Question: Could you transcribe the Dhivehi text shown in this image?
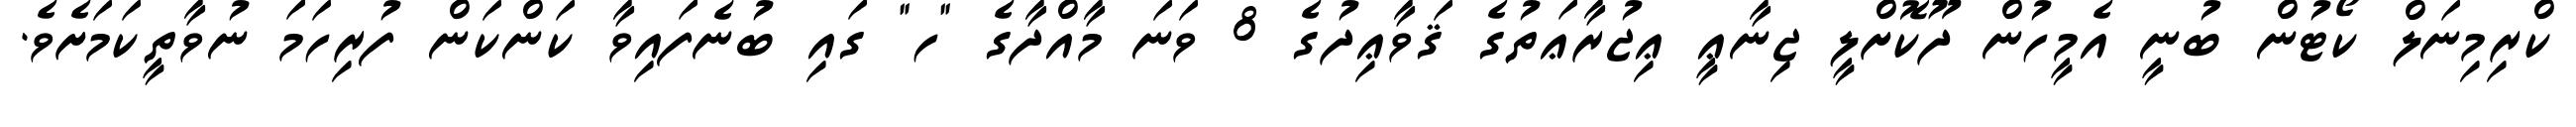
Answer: ކްރިމިނަލް ކޯޓުން ބުނީ އެމީހުން ދޫކޮށްލީ ޖިނާޢީ ޢިޖުރާޢަތުގެ ޤަވާޢިދުގެ 8 ވަނަ މާއްދާގެ "ހ" ގައި ބުނެފައިވާ ކަންކަން ފުރިހަމަ ނުވާތީކަމަށެވެ.